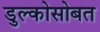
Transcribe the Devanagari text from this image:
डुल्कोसोबत